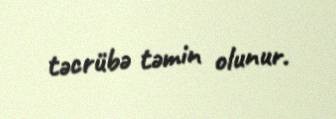
təcrübə təmin olunur.